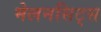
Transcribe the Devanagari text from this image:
मेलनसिट्स